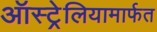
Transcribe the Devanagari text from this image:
ऑस्ट्रेलियामार्फत